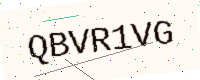
Text: QBVR1VG